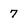
Character: 7